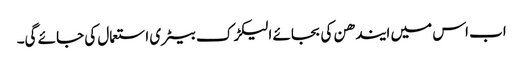
اب اس میں ایندھن کی بجائے الیکڑک بیٹری استعمال کی جائے گی۔